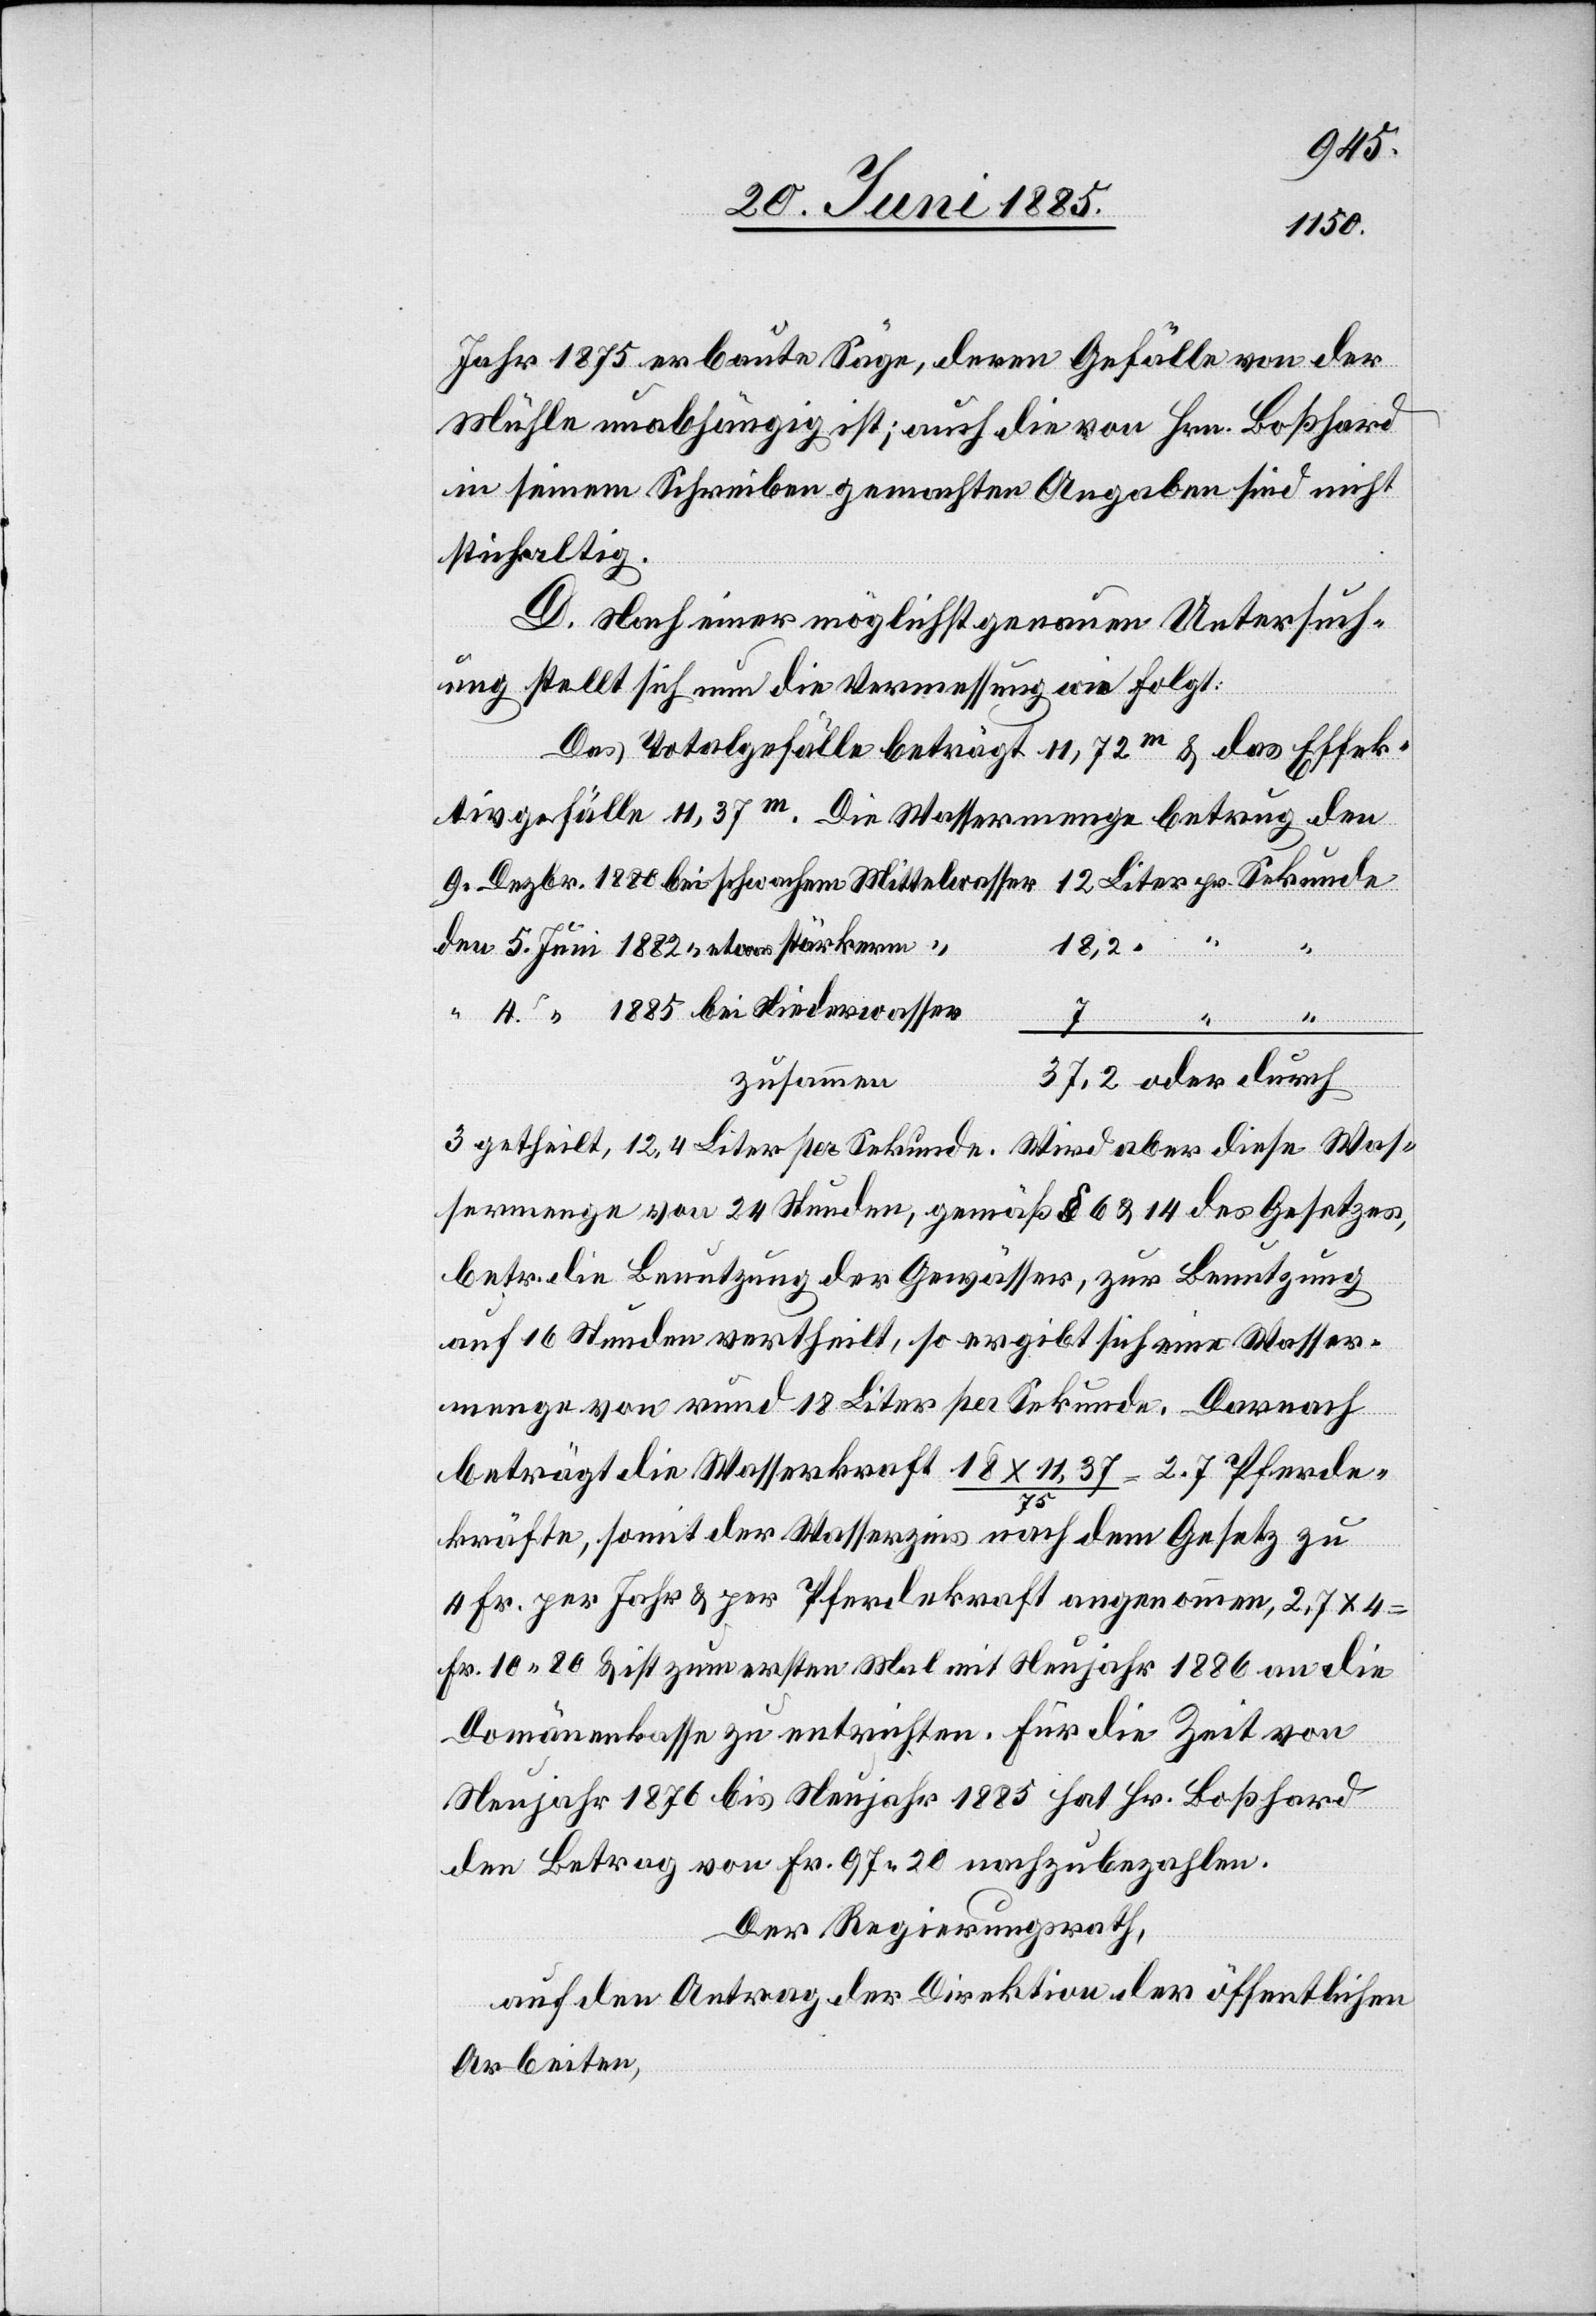
9.
1880
Jahr 1875 erbaute Säge, deren Gefälle von der
Mühle unabhängig ist; auch die von Hrn. Boßhard
in seinem Schreiben gemachten Angaben sind nicht
stich[h]altig.
D. Nach einer möglichst genauen Untersuch¬
ung stellt sich nun die Vermessung wie folgt:
Das Totalgefälle beträgt 11,72 m & das Effk¬
tivgefälle 11,37 m. Die Wassermenge betrug den
12,4
Wird aber diese
4.
zusammen
sermenge von 24 Stunden, gemäß § 6 & 14 des Gesetzes,
betr. die Benutzung der Gewässer, zur Benutzung
auf 16 Stunden vertheilt, so ergibt sich eine Wasser¬
menge von rund 18 Liter per Sekunde. Darnach
beträgt die Wasserkraft 18 x 11,37 / 75 = 2.7 Pferde¬
5.
kräfte, somit der Wasserzins nach dem Gesetz zu
4 Fr. per Jahr & per Pferdekraft angenommen, 2.7 x 4
Fr. 10 80 & ist zum ersten Mal mit Neujahr 1886 an die
Domänenkasse zu entrichten. Für die Zeit von
Neujahr 1876 bis Neujahr 1885 hat Hr. Boßhard
den Betrag von Fr. 97 20 nachzubezahlen.
Der Regierungsrath,
Was¬
auf den Antrag der Direktion der öffentlichen
Arbeiten,